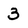
Character: 3